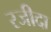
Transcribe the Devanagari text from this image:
रजीदा